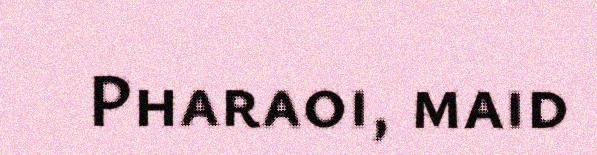
Pharaoi, maid